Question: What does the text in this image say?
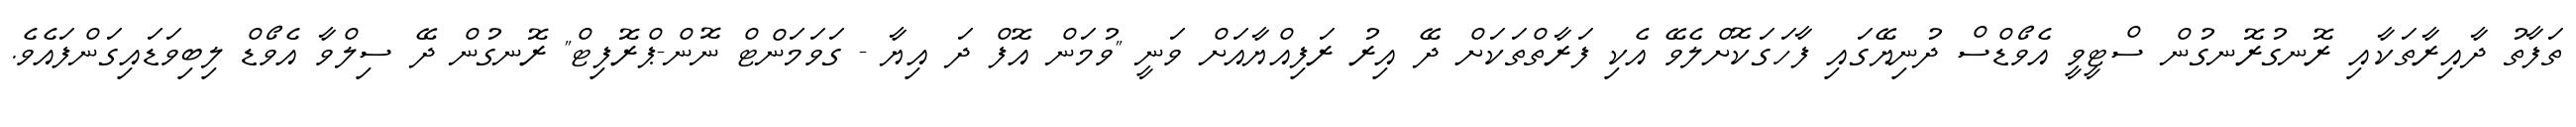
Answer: ތަފާތު ދާއިރާތަކާއި ރޮނގުރޮނގުން ސްޓީވީ އެވޯޑްސް ދުނިޔޭގައި ފާހަގަކޮށްލެވޭ އެކި ފަރާތްތަކަށް ދޭ އިރު ރަފިއްޔާއަށް ވަނީ "ވުމަން އޮފް ދަ އިޔާ - ގަވަމަންޓް ނޮން-ޕްރޮފިޓް" ރޮނގުން ދޭ ސިލްވާ އެވޯޑް ލިބިވަޑައިގަންފައެވެ.